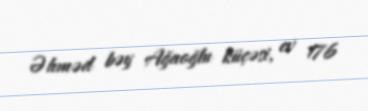
Əhməd bəy Ağaoğlu küçəsi, ev 176